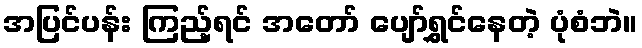
အပြင်ပန်း ကြည့်ရင် အတော် ပျော်ရွှင်နေတဲ့ ပုံစံဘဲ။